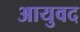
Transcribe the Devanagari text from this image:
आयुवद